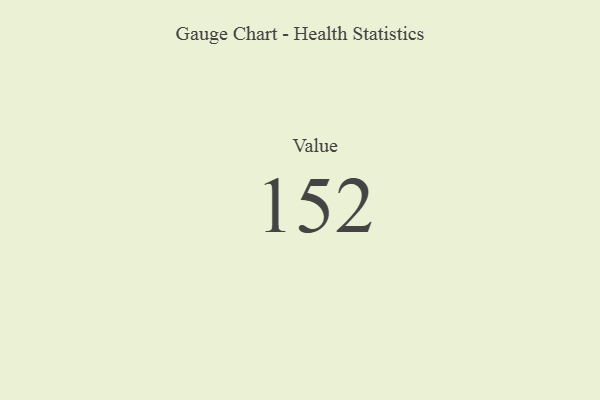
{"axis": {"x": "Metric", "y": "Value"}, "legend": [""], "data": [{"x": "Value", "y": 152, "type": ""}]}